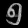
Digit: ၅